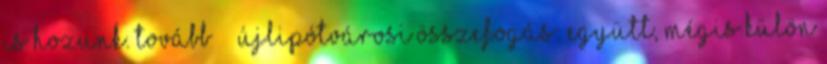
is hozunk. Tovább › ›Újlipótvárosi összefogás: együtt, mégis külön